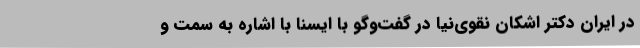
در ایران دکتر اشکان نقوی‌نیا در گفت‌وگو با ایسنا با اشاره به سمت و